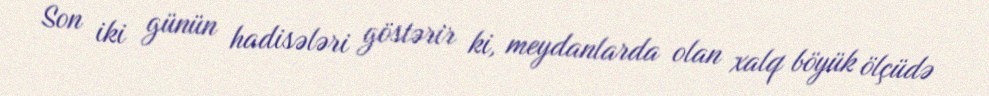
Son iki günün hadisələri göstərir ki, meydanlarda olan xalq böyük ölçüdə